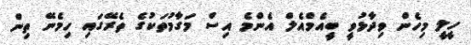
ހީލީ މިހެން ވިދާޅުވީ ބީއެމްއެލް އެންމެ އިސް މަގާމުތަކުގެ ތެރޭގައި ހިމެނޭ ތިން